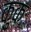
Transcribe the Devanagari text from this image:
कुकः